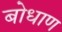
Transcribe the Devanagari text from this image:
बोधाण